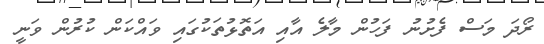
ރޯދަ މަސް ފެށުނު ފަހުން މާލެ އާއި އަތޮޅުތަކުގައި ވައްކަން ކުރުން ވަނީ